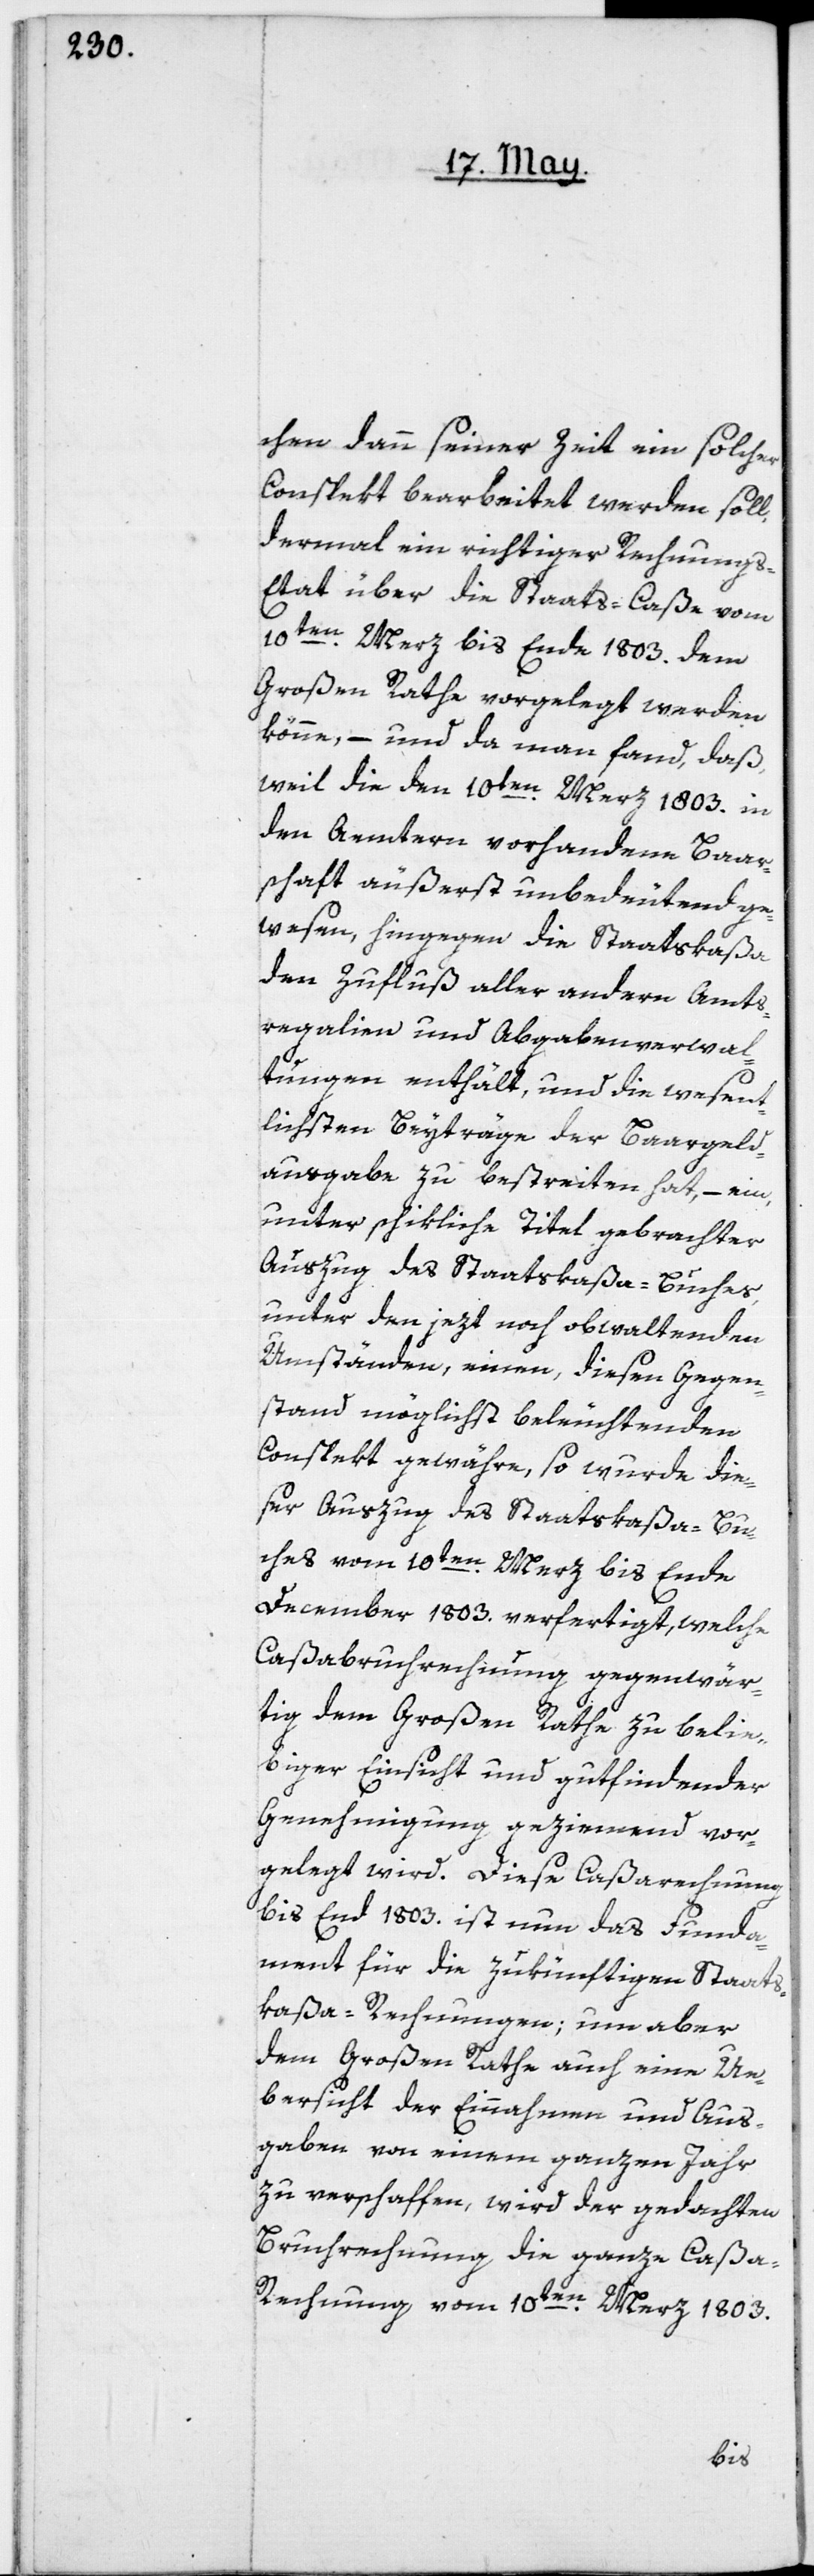
chen dann seiner Zeit ein solcher
Conspekt bearbeitet werden soll,
dermal ein richtiger Rechnungs-E¬
tat über die Staats-Caße vom
10ten Merz bis Ende 1803. dem
Großen Rathe vorgelegt werden
könne, – und da man fand, daß,
weil die den 10ten Merz 1803. in
den Aemtern vorhandene Baar¬
schaft äußerst unbedeutend ge¬
wesen, hingegen die Staatskaßa
den Zufluß aller andern Amts¬
regalien und Abgabenverwal¬
tungen enthält, und die wesent¬
lichsten Beyträge der Baargeld¬
ausgabe zu bestreiten hat, – ein
unter schikliche Titel gebrachter
Auszug des Staatskaßa-Buches,
unter den jezt noch obwaltenden
Umständen, einen, diesen Gegen¬
stand möglichst beleuchtenden
Conspekt gewähre, so wurde die¬
ser Auszug des Staatskaßa-Bu¬
ches vom 10ten Merz bis Ende
December 1803. verfertigt, welche
Caßabruchrechnung gegenwär¬
tig dem großen Rathe zu belie¬
biger Einsicht und gutfindender
Genehmigung geziemend vor¬
gelegt wird. Diese Caßarechnung
bis End 1803. ist nun das Funda¬
ment für die zukünftigen Staats¬
kaßa-Rechnungen; um aber
dem Großen Rathe auch eine Ue¬
bersicht der Einnahmen und Aus¬
gaben von einem ganzen Jahr
zu verschaffen, wird der gedachten
Bruchrechnung die ganze Caß¬
a-Rechnung vom 10ten Merz 1803.